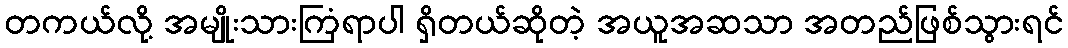
တကယ်လို့ အမျိုးသားကြံရာပါ ရှိတယ်ဆိုတဲ့ အယူအဆသာ အတည်ဖြစ်သွားရင်